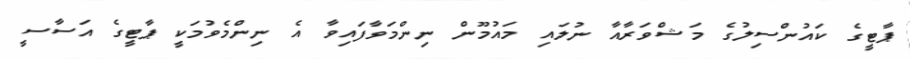
ޕާޓީގެ ކައުންސިލުގެ މަޝްވަރާއާ ނުލައި މައުމޫން ނިންމަވާފައިވާ އެ ނިންމެވުމަކީ ޕާޓީގެ އަސާސީ